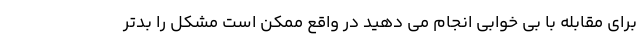
برای مقابله با بی خوابی انجام می دهید در واقع ممکن است مشکل را بدتر